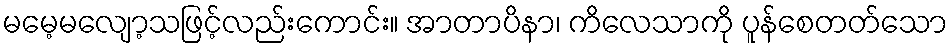
မမေ့မလျော့သဖြင့်လည်းကောင်း။ အာတာပိနာ၊ ကိလေသာကို ပူန်စေတတ်သော